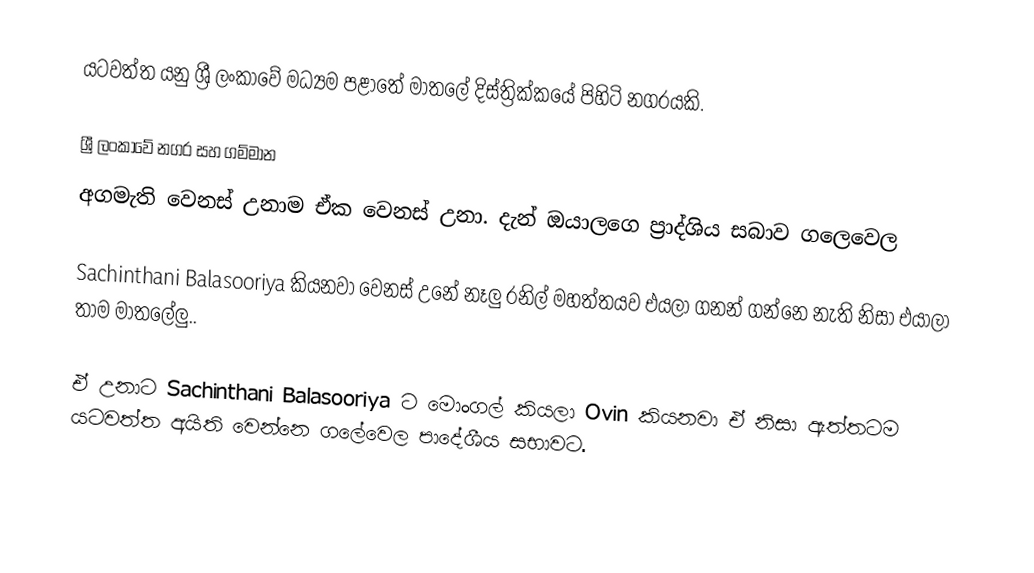
යටවත්ත යනු ශ්‍රී ලංකාවේ  මධ්‍යම පළාතේ මාතලේ දිස්ත්‍රික්කයේ පිහිටි  නගරයකි.

ශ්‍රී ලංකාවේ නගර සහ ගම්මාන
අගමැති වෙනස් උනාම ඒක වෙනස් උනා. දැන් ඔයාලගෙ ප්‍රාද්ශිය සබාව ගලෙවෙල

Sachinthani Balasooriya කියනවා වෙනස් උනේ නෑලු රනිල් මහත්තයව එයලා ගනන් ගන්නෙ නැති නිසා එයාලා තාම මාතලේලු..

ඒ උනාට Sachinthani Balasooriya ට මොංගල් කියලා Ovin කියනවා ඒ නිසා ඇත්තටම යටවත්ත අයිති වෙන්නෙ ගලේවෙල පාදේශීය සභාවට.